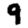
Digit: 9